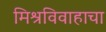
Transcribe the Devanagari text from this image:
मिश्रविवाहाचा